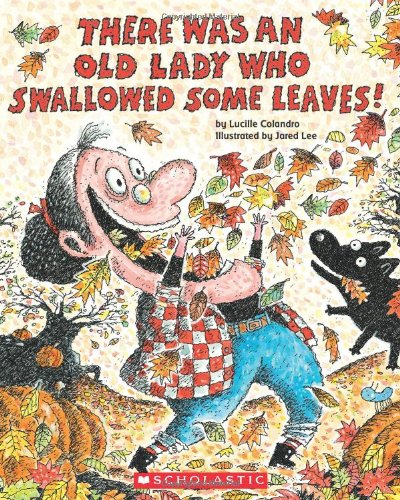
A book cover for There Was An Old Lady Who Swallowed Some Leaves!; Lucille Colandro; Children's Books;